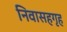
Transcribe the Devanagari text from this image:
निवासहगृह